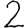
Digit: 2